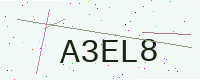
Text: A3EL8